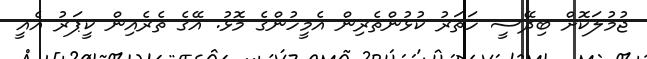
ޖުމުލަކޮށް ބިދޭސީ ހަތަރު ކުޅުންތެރިން އެމީހުންގެ މޮޅު. އޭގެ ތެރެއިން ކީޕަރު އެއީ